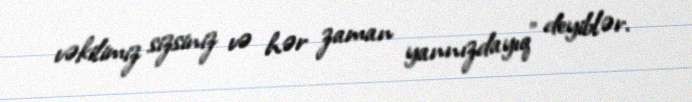
vəkilimiz sizsiniz və hər zaman yannızdayıq" deyiblər.